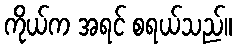
ကိုယ်က အရင် စရယ်သည်။